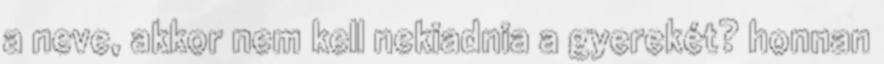
a neve, akkor nem kell nekiadnia a gyerekét? honnan